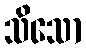
သိသော